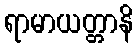
ရာမာယတ္တာနိ